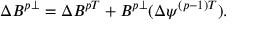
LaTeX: \Delta B ^ { p \perp } = \Delta B ^ { p T } + B ^ { p \perp } ( \Delta \psi ^ { ( p - 1 ) T } ) .